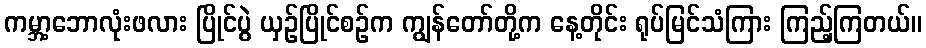
ကမ္ဘာ့ဘောလုံးဖလား ပြိုင်ပွဲ ယှဉ်ပြိုင်စဉ်က ကျွန်တော်တို့က နေ့တိုင်း ရုပ်မြင်သံကြား ကြည့်ကြတယ်။